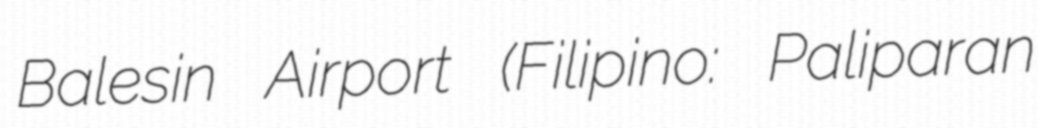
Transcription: Balesin Airport (Filipino: Paliparan